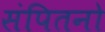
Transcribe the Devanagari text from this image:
संपितनो